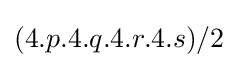
(4.p.4.q.4.r.4.s)/2